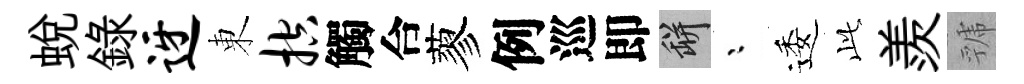
蛻録迓東控觸合蓼例巡即瓶漸逶𬼘羨虢